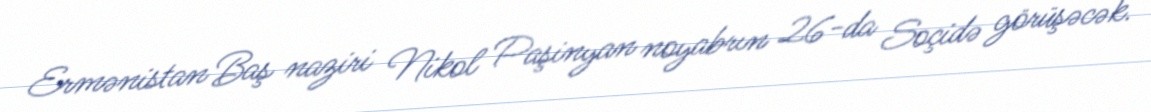
Ermənistan Baş naziri Nikol Paşinyan noyabrın 26-da Soçidə görüşəcək.